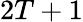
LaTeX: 2T+1